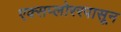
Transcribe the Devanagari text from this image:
एक्सप्लोररपासून